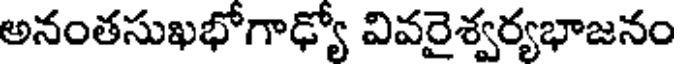
అనంతసుఖభోగాఢ్యో వివరైశ్వర్యభాజనం